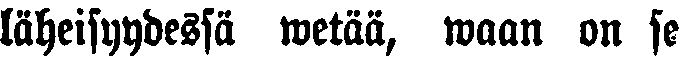
läheisyydessä wetää, waan on se